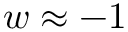
w \approx - 1